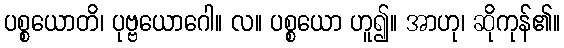
ပစ္စယောတိ၊ ပုဗ္ဗယောဂေါ။ လ။ ပစ္စယော ဟူ၍။ အာဟု၊ ဆိုကုန်၏။